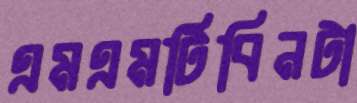
এমএমটিবিনটা